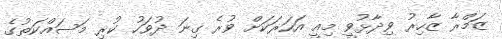
ޒަމްރާ ޒާހިރު ވިދާޅުވީ މިއީ އަހަރަކަށް ވުރެ ގިނަ ދުވަހު ކުރި މަސައްކަތުގެ